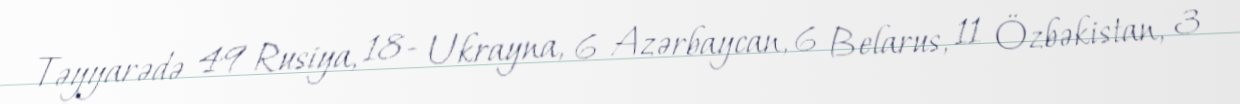
Təyyarədə 49 Rusiya, 18- Ukrayna, 6 Azərbaycan, 6 Belarus, 11 Özbəkistan, 3